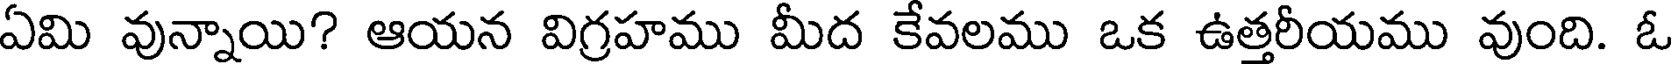
ఏమి వున్నాయి? ఆయన విగ్రహము మీద కేవలము ఒక ఉత్తరీయము వుంది. ఓ